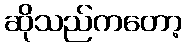
ဆိုသည်ကတော့